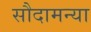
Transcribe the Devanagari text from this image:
सौदामन्या